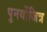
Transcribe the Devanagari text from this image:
पुनर्योजित्र